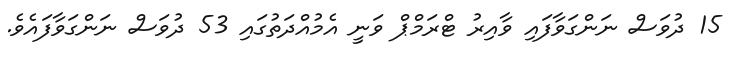
15 ދުވަސް ނަންގަވާފައި ވާއިރު ޓްރަމްޕް ވަނީ އެމުއްދަތުގައި 53 ދުވަސް ނަންގަވާފައެވެ.